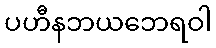
ပဟီနဘယဘေရဝါ